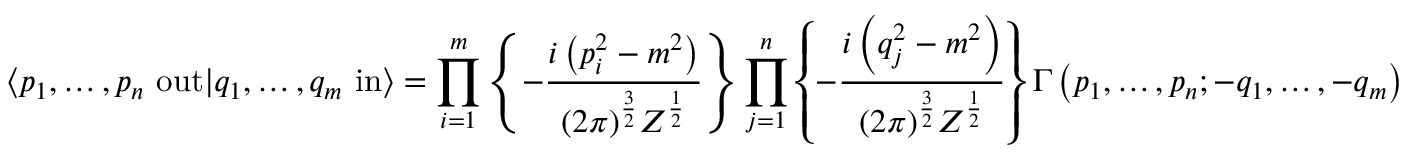
\langle p _ { 1 } , \ldots , p _ { n } \ \mathrm { o u t } | q _ { 1 } , \ldots , q _ { m } \ \mathrm { i n } \rangle = \prod _ { i = 1 } ^ { m } \left\{ - { \frac { i \left( p _ { i } ^ { 2 } - m ^ { 2 } \right) } { ( 2 \pi ) ^ { \frac { 3 } { 2 } } Z ^ { \frac { 1 } { 2 } } } } \right\} \prod _ { j = 1 } ^ { n } \left\{ - { \frac { i \left( q _ { j } ^ { 2 } - m ^ { 2 } \right) } { ( 2 \pi ) ^ { \frac { 3 } { 2 } } Z ^ { \frac { 1 } { 2 } } } } \right\} \Gamma \left( p _ { 1 } , \ldots , p _ { n } ; - q _ { 1 } , \ldots , - q _ { m } \right)